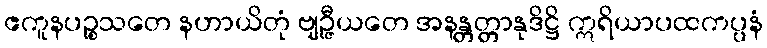
ဧကူနပဉ္စသတေ နဟာယိတုံ ဗျဉ္ဇီယတေ အနန္တတ္တာနုဒိဋ္ဌိ ဣရိယာပထကပ္ပနံ